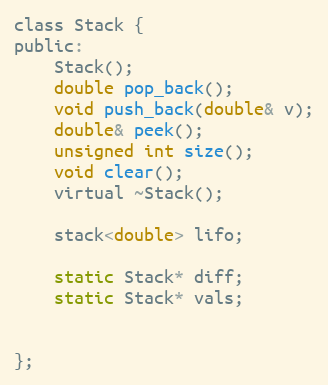
Language: C
class Stack {
public:
	Stack();
	double pop_back();
	void push_back(double& v);
	double& peek();
	unsigned int size();
	void clear();
	virtual ~Stack();

	stack<double> lifo;

	static Stack* diff;
	static Stack* vals;

};